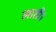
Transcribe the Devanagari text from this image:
लाती।